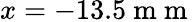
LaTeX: x=-13.5\mathrm{~m~m~}